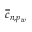
\overline { { c } } _ { n , p _ { w } }